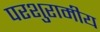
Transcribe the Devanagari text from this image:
परशुरामीय